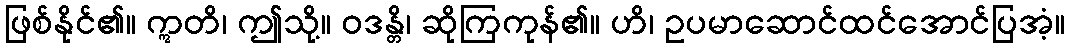
ဖြစ်နိုင်၏။ ဣတိ၊ ဤသို့။ ဝဒန္တိ၊ ဆိုကြကုန်၏။ ဟိ၊ ဥပမာဆောင်ထင်အောင်ပြအံ့။